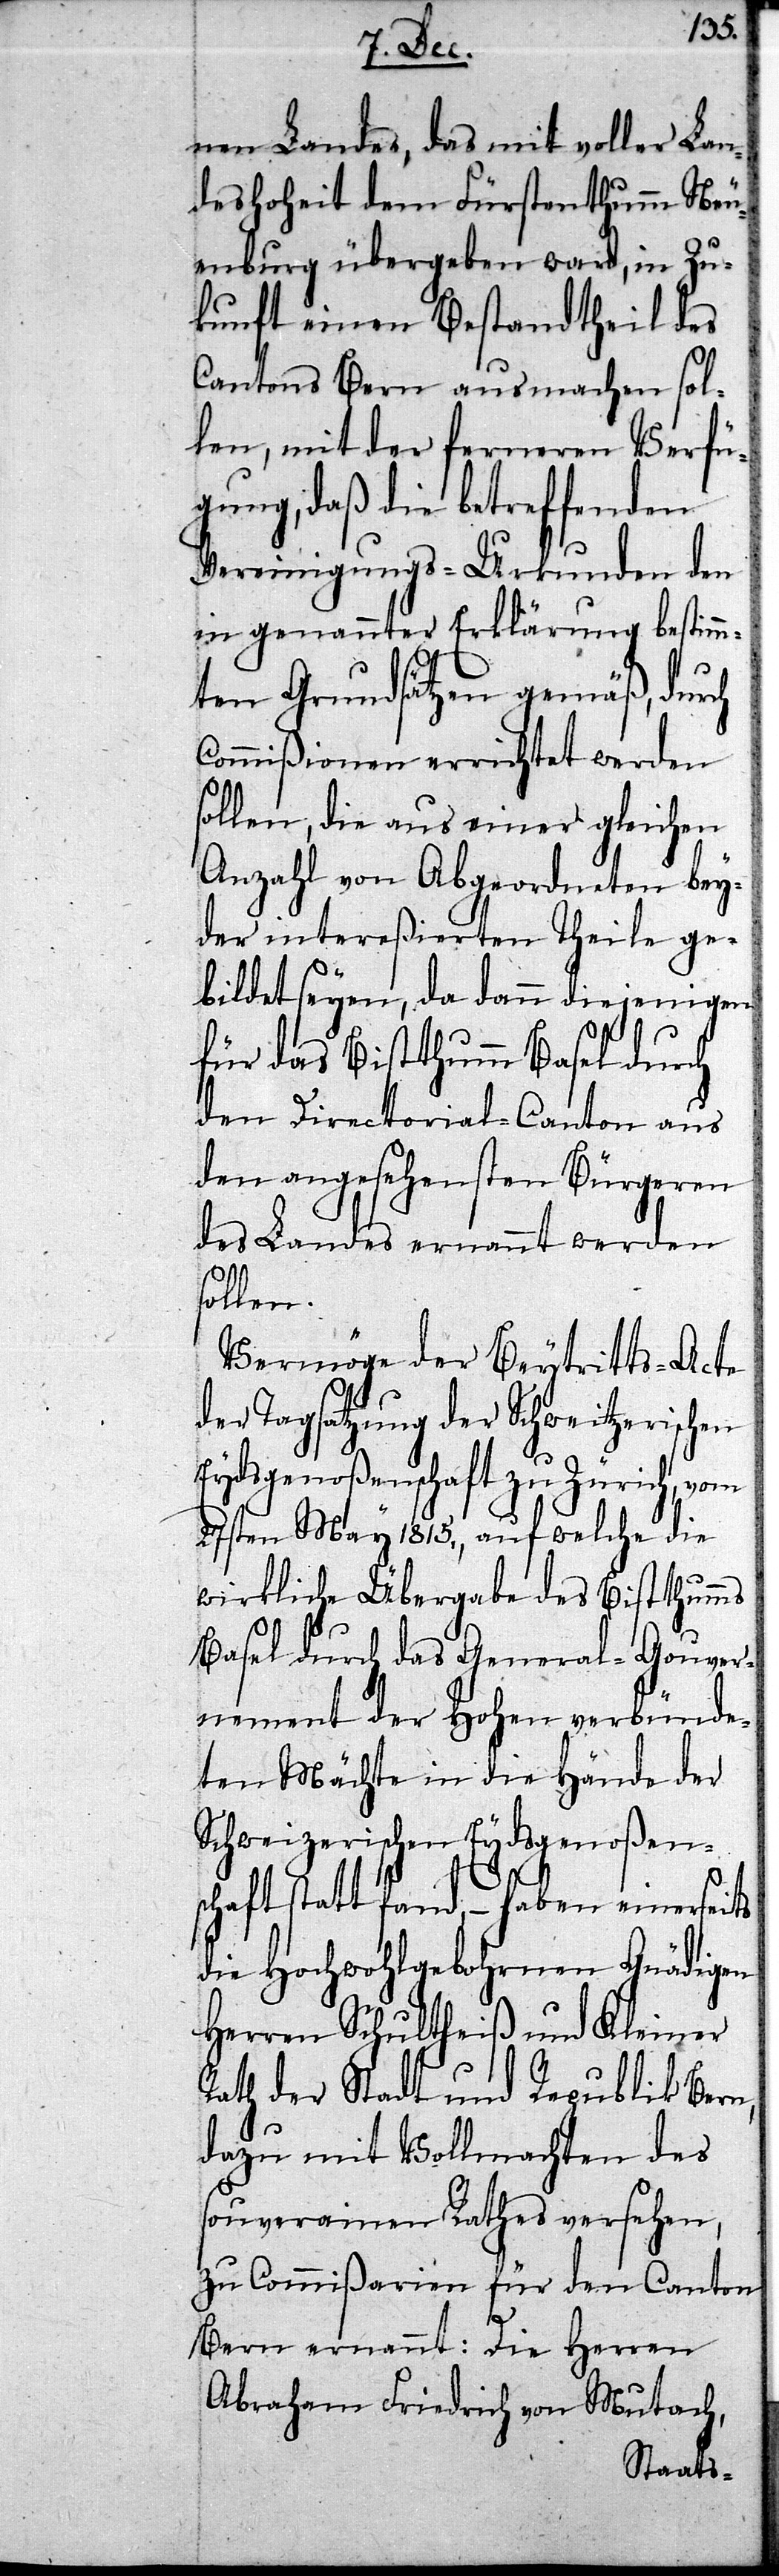
Herren
nen Landes, das mit vol¬
deshoheit dem Fürstenthu¬
enburg übergeben ward, in
kunft einen Bestandtheil des
Cantons Bern ausmachen sol¬
len, mit der ferneren
fü¬
gung, daß die betreffenden
Vereinigungs-Urkunden den
in genannter Erklärung bestimm¬
ten Grundsätzen gemäß, dur¬
Commißionen errichtet werden
sollen, die aus einer gleichen
Anzahl von Abgeordneten bey¬
der intereßierten Theile ge¬
bildet seyen, da dann diejenigen
für das Bistthumm Basel durch
den Directorial-Canton aus
den angesehensten Bürgeren
des Landes ernannt werden
sollen.
Vermöge der Beytritts-Acte
der Tagsatzung der Schweitzerisch¬
Eydsgenoßenschaft zu Zürich,
27sten May 1815., auf welche die
wirkliche Übergabe des Bistth¬
Basel durch das General-Gouver¬
nement der Hohen verb¬
ten Mächte in die Hände der
Schweizerischen Eydsgenoßens¬
chaft statt fand, – haben einerseits
die Hochwohlgebohrnen Gnädigen
Herren Schultheiß und Kleiner
Rath der Stadt und Republik Bern,
des
dazu mit Vollmacht¬
souverainen Rathes versehen,
zu Commißarien für den
Canton
en
Bern ernannt: Die
Abraham Friedrich
M¬
utach,